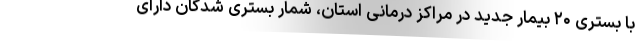
با بستری ۲۰ بیمار جدید در مراکز درمانی استان، شمار بستری شدگان دارای